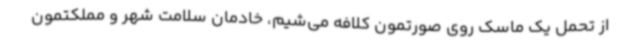
از تحمل یک ماسک روی صورتمون کلافه می‌شیم، خادمان سلامت شهر و مملکتمون